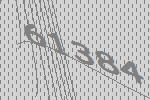
61384